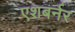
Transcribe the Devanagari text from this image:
एशबर्नर